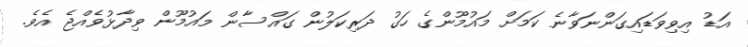
އަޑު އިވިވަޑައިގަންނަވާނެ ކަމަށް މައުމޫންގެ ހަގު ދަރިކަލުން ގައްސާން މައުމޫން ވިދާޅުވެއްޖެ އެވެ.